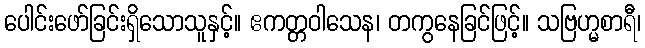
ပေါင်းဖော်ခြင်းရှိသောသူနှင့်။ ဧကတ္တဝါသေန၊ တကွနေခြင်ဖြင့်။ သဗြဟ္မစာရီ၊